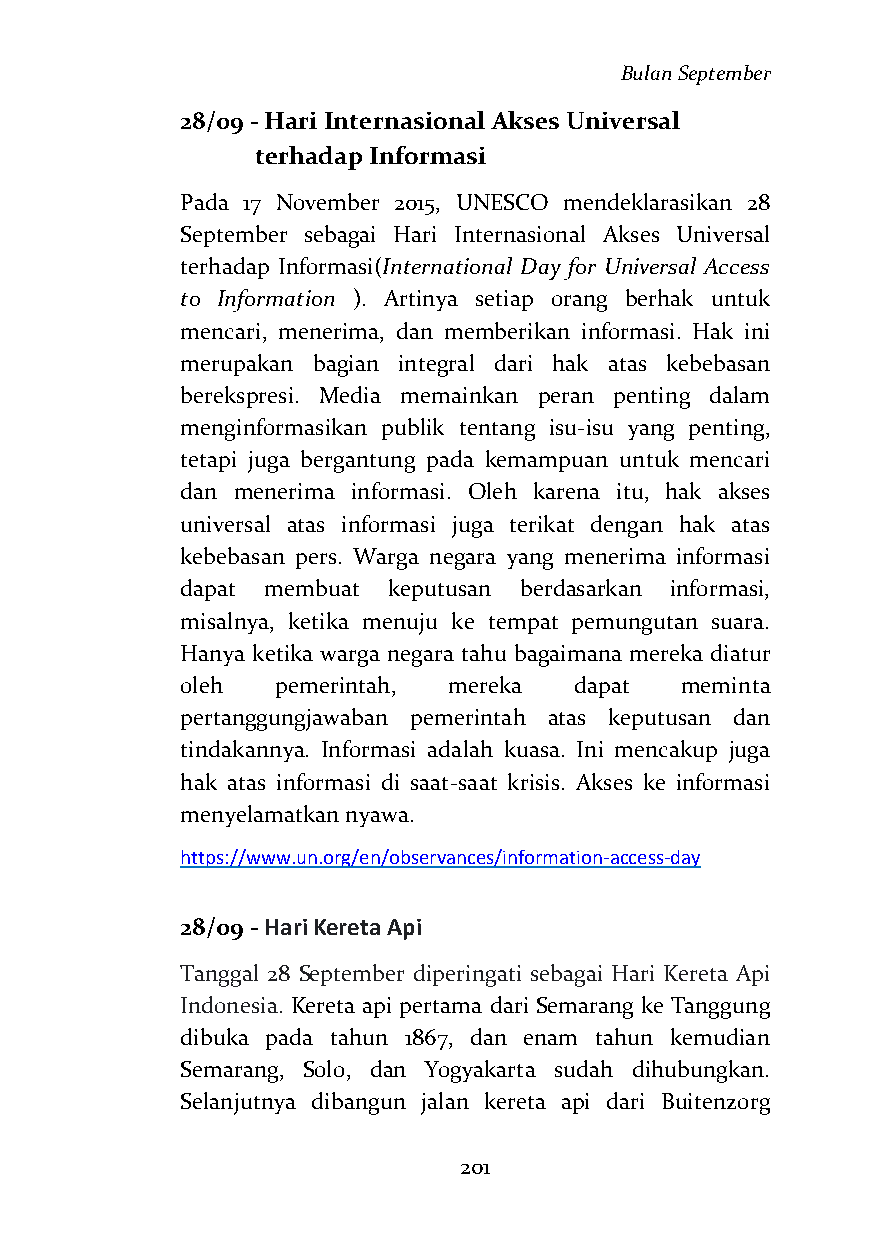
Bulan September
 28/09 - Hari Internasional Akses Universal
 terhadap Informasi
 Pada 17 November 2015, UNESCO mendeklarasikan 28
 September sebagai Hari Internasional Akses Universal
 terhadap Informasi(International Day for Universal Access
 to Information ). Artinya setiap orang berhak untuk
 mencari, menerima, dan memberikan informasi. Hak ini
 merupakan bagian integral dari hak atas kebebasan
 berekspresi. Media memainkan peran penting dalam
 menginformasikan publik tentang isu-isu yang penting,
 tetapi juga bergantung pada kemampuan untuk mencari
 dan menerima informasi. Oleh karena itu, hak akses
 universal atas informasi juga terikat dengan hak atas
 kebebasan pers. Warga negara yang menerima informasi
 dapat membuat keputusan berdasarkan informasi,
 misalnya, ketika menuju ke tempat pemungutan suara.
 Hanya ketika warga negara tahu bagaimana mereka diatur
 oleh  pemerintah, mereka  dapat  meminta
 pertanggungjawaban pemerintah atas keputusan dan
 tindakannya. Informasi adalah kuasa. Ini mencakup juga
 hak atas informasi di saat-saat krisis. Akses ke informasi
 menyelamatkan nyawa.
 https://www.un.org/en/observances/information-access-day
 28/09 - Hari Kereta Api
 Tanggal 28 September diperingati sebagai Hari Kereta Api
 Indonesia. Kereta api pertama dari Semarang ke Tanggung
 dibuka pada tahun 1867, dan enam tahun kemudian
 Semarang, Solo, dan Yogyakarta sudah dihubungkan.
 Selanjutnya dibangun jalan kereta api dari Buitenzorg
 201